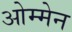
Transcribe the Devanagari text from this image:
ओम्मेन